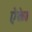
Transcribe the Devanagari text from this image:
ऐकेह